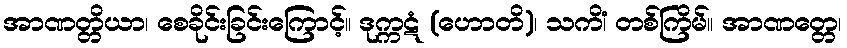
အာဏတ္တိယာ၊ စေခိုင်းခြင်းကြောင့်။ ဒုက္ကဋံ (ဟောတိ)၊ သကိံ၊ တစ်ကြိမ်။ အာဏတ္တေ၊